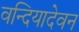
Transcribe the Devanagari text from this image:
वन्दियादेवन